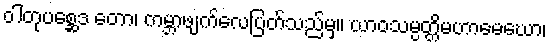
ဝါတုပစ္ဆေဒ တော၊ ကမ္ဘာဖျက်လေပြတ်သည်မှ။ ယာဝသမ္ပတ္တိမဟာမေဃော၊